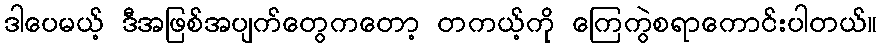
ဒါပေမယ့် ဒီအဖြစ်အပျက်တွေကတော့ တကယ့်ကို ကြေကွဲစရာကောင်းပါတယ်။